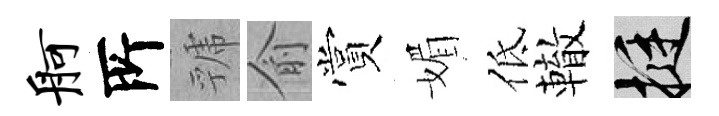
舸𠩄虢俞賞媚低轍挺